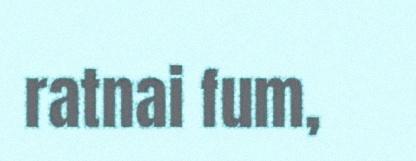
ratnai fum,